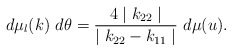
\begin{align*}d \mu _l (k) ~d \theta = \frac{4 \mid k_{22} \mid } {\mid k_{22} - k_{11} \mid} ~d \mu (u).\end{align*}